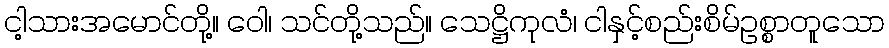
ငါ့သားအမောင်တို့။ ဝေါ၊ သင်တို့သည်။ သေဋ္ဌိကုလံ၊ ငါနှင့်စည်းစိမ်ဥစ္စာတူသော